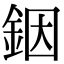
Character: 銦